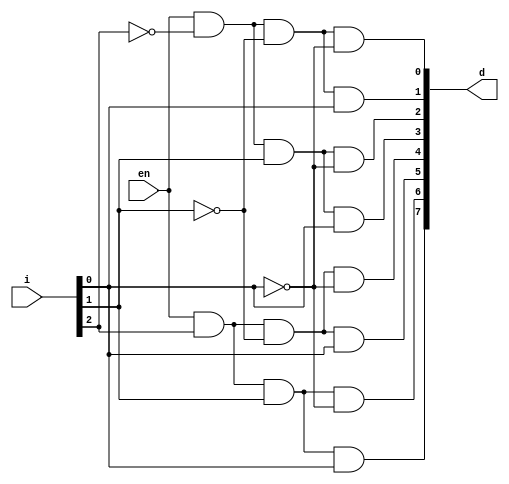
module decoder_3_8_structural (en, i, d);

	input en;
	input [2:0] i;
	output [7:0] d;
	wire [2:0] i_;
	not N0 (i_[0], i[0]);
	not N1 (i_[1], i[1]);
	not N2 (i_[2], i[2]);
	and A0 (d[0], en, i_[2], i_[1], i_[0]);
	and A1 (d[1], en, i_[2], i_[1], i[0]);
	and A2 (d[2], en, i_[2], i[1], i_[0]);
	and A3 (d[3], en, i_[2], i[1], i[0]);
	and A4 (d[4], en, i[2], i_[1], i_[0]);
 	and A5 (d[5], en, i[2], i_[1], i[0]);
 	and A6 (d[6], en, i[2], i[1], i_[0]);
 	and A7 (d[7], en, i[2], i[1], i[0]);

endmodule

module decoder_3_8_behavioral(en, i, d);
 	
	input [2:0] i;
 	input en;
 	output [7:0] d;
 	reg [7:0] d;
 	always @ (en or i)
 	begin
		case({en, i})
			4'b0XXX: begin d[7] = 0; d[6] = 0; d[5] = 0; d[4] = 0; d[3] = 0; d[2] = 0;
			d[1] = 0; d[0] = 0; 
			 	 end
			4'b1000: begin d[7] = 0; d[6] = 0; d[5] = 0; d[4] = 0; d[3] = 0; d[2] = 0;
			d[1] = 0; d[0] = 1; 
				 end
			4'b1001: begin d[7] = 0; d[6] = 0; d[5] = 0; d[4] = 0; d[3] = 0; d[2] = 0;
			d[1] = 1; d[0] = 0; 
				 end
			4'b1010: begin d[7] = 0; d[6] = 0; d[5] = 0; d[4] = 0; d[3] = 0; d[2] = 1;
			d[1] = 0; d[0] = 0; 
				 end
			4'b1011: begin d[7] = 0; d[6] = 0; d[5] = 0; d[4] = 0; d[3] = 1; d[2] = 0;
			d[1] = 0; d[0] = 0; 
				 end
			4'b1100: begin d[7] = 0; d[6] = 0; d[5] = 0; d[4] = 1; d[3] = 0; d[2] = 0;
			d[1] = 0; d[0] = 0;
				 end
			4'b1101: begin d[7] = 0; d[6] = 0; d[5] = 1; d[4] = 0; d[3] = 0; d[2] = 0;
			d[1] = 0; d[0] = 0;
				 end
			4'b1110: begin d[7] = 0; d[6] = 1; d[5] = 0; d[4] = 0; d[3] = 0; d[2] = 0;
			d[1] = 0; d[0] = 0;
				 end
			4'b1111: begin d[7] = 1; d[6] = 0; d[5] = 0; d[4] = 0; d[3] = 0; d[2] = 0;
			d[1] = 0; d[0] = 0;
				 end
		endcase
 	end

endmodule